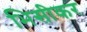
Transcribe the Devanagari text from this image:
भिसीकर